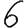
Digit: 6